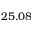
2 5 . 0 8